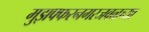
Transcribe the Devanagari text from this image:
मुझफ्फरनगरजवळच्या